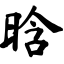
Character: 晗